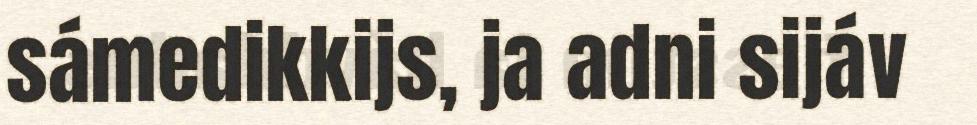
sámedikkijs, ja adni sijáv